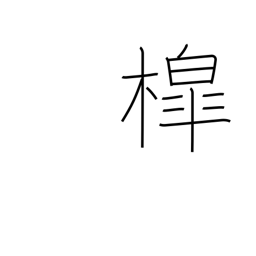
Meaning: well sweep